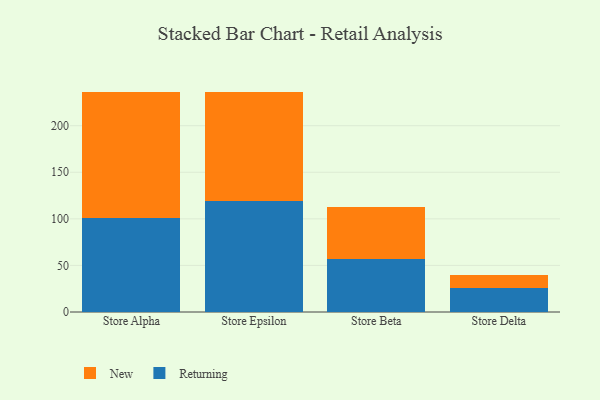
{"axis": {"x": "Store", "y": "Active Users"}, "legend": ["New", "Returning"], "data": [{"x": "Store Alpha", "y": 100.4, "type": "Returning"}, {"x": "Store Alpha", "y": 136.2, "type": "New"}, {"x": "Store Epsilon", "y": 118.9, "type": "Returning"}, {"x": "Store Epsilon", "y": 117.2, "type": "New"}, {"x": "Store Beta", "y": 57.2, "type": "Returning"}, {"x": "Store Beta", "y": 55.4, "type": "New"}, {"x": "Store Delta", "y": 25.6, "type": "Returning"}, {"x": "Store Delta", "y": 14.6, "type": "New"}]}